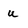
Character: u